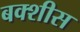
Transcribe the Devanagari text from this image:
बक्शीस